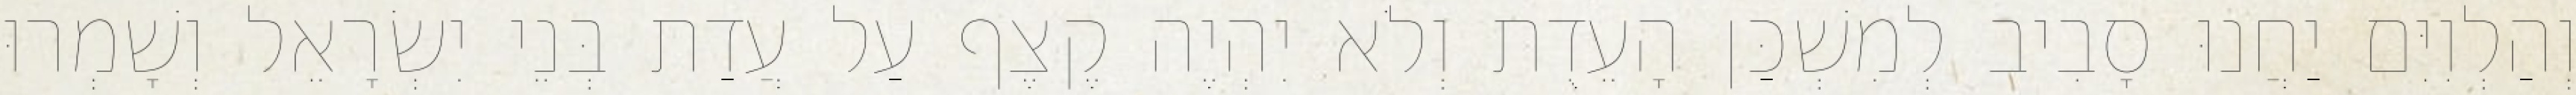
וְהַלְוִיִּם יַחֲנוּ סָבִיב לְמִשְׁכַּן הָעֵדֻת וְלֹא יִהְיֶה קֶצֶף עַל עֲדַת בְּנֵי יִשְׂרָאֵל וְשָׁמְרוּ